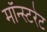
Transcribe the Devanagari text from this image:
मॉन्स्टरेट